Source: Handwritten
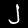
Digit: ၂ (2)